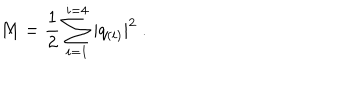
LaTeX: M = \frac { 1 } { 2 } \sum _ { i = 1 } ^ { i = 4 } | q _ { ( i ) } | ^ { 2 } \ .